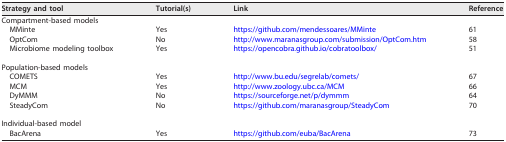
<table><thead><tr><td><b>Strategy and tool</b></td><td><b>Tutorial(s)</b></td><td><b>Link</b></td><td><b>Reference</b></td></tr></thead><tbody><tr><td>Compartment-based models</td><td></td><td></td><td></td></tr><tr><td>MMinte</td><td>Yes</td><td>https://github.com/mendessoares/MMinte</td><td>61</td></tr><tr><td>OptCom</td><td>No</td><td>http://www.maranasgroup.com/submission/OptCom.htm</td><td>58</td></tr><tr><td>Microbiome modeling toolbox</td><td>Yes</td><td>https://opencobra.github.io/cobratoolbox/</td><td>51</td></tr><tr><td>Population-based models</td><td></td><td></td><td></td></tr><tr><td>COMETS</td><td>Yes</td><td>http://www.bu.edu/segrelab/comets/</td><td>67</td></tr><tr><td>MCM</td><td>Yes</td><td>http://www.zoology.ubc.ca/MCM</td><td>66</td></tr><tr><td>DyMMM</td><td>No</td><td>https://sourceforge.net/p/dymmm</td><td>64</td></tr><tr><td>SteadyCom</td><td>No</td><td>https://github.com/maranasgroup/SteadyCom</td><td>70</td></tr><tr><td>Individual-based model</td><td></td><td></td><td></td></tr><tr><td>BacArena</td><td>Yes</td><td>https://github.com/euba/BacArena</td><td>73</td></tr></tbody></table>